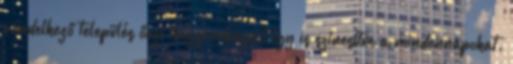
rendelkező település őrzi hagyományait így is színesítve a mindennapokat.